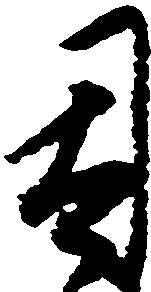
因